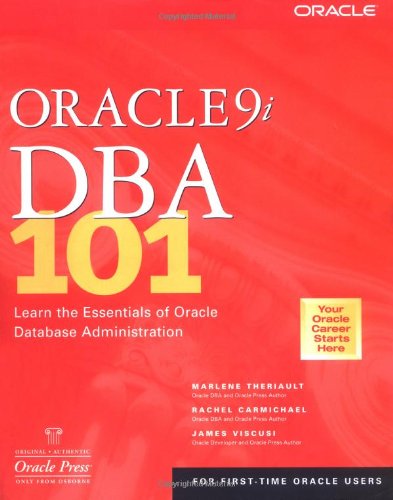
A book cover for Oracle9i DBA 101; Marlene Theriault; Computers & Technology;